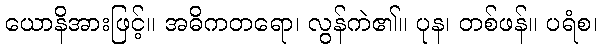
ယောနိအားဖြင့်။ အဓိကတရော၊ လွန်ကဲ၏။ ပုန၊ တစ်ဖန်။ ပရံစ၊